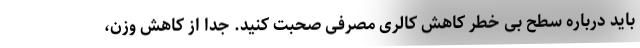
باید درباره سطح بی خطر کاهش کالری مصرفی صحبت کنید. جدا از کاهش وزن،